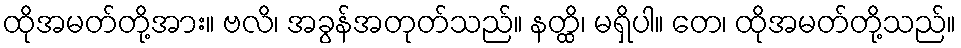
ထိုအမတ်တို့အား။ ဗလိ၊ အခွန်အတုတ်သည်။ နတ္ထိ၊ မရှိပါ။ တေ၊ ထိုအမတ်တို့သည်။